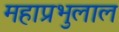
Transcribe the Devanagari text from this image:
महाप्रभुलाल